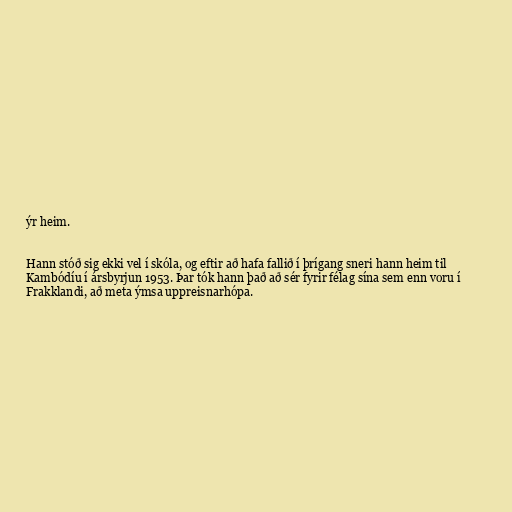
ýr heim.

Hann stóð sig ekki vel í skóla, og eftir að hafa fallið í þrígang sneri hann heim til
Kambódíu í ársbyrjun 1953. Þar tók hann það að sér fyrir félag sína sem enn voru í
Frakklandi, að meta ýmsa uppreisnarhópa.